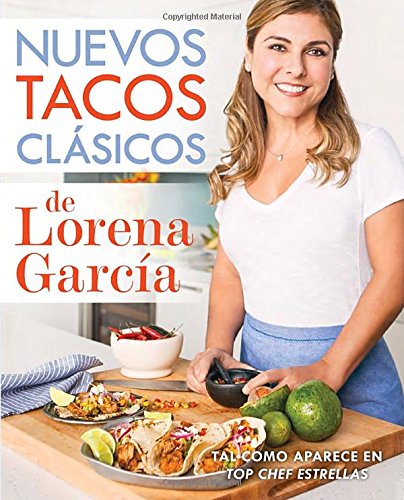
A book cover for Nuevos tacos clÃ¡sicos de Lorena GarcÃ­a (Spanish Edition); Lorena GarcÃ­a; Cookbooks, Food & Wine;